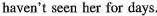
haven't seen her for days.